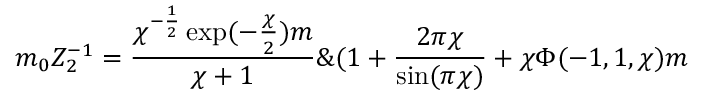
m _ { 0 } Z _ { 2 } ^ { - 1 } = \frac { \chi ^ { - \frac { 1 } { 2 } } \exp ( - \frac { \chi } { 2 } ) m } { \chi + 1 } \& ( 1 + \frac { 2 \pi \chi } { \sin ( \pi \chi ) } + \chi \Phi ( - 1 , 1 , \chi ) m